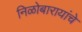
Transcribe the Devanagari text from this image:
निळोबारायांचे